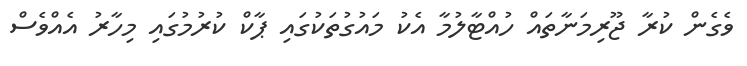
ވެގެން ކުރާ ޖޫރިމަނާތައް ހުއްޓާލުމާ އެކު މައުގުތަކުގައި ޕާކް ކުރުމުގައި މިހާރު އެއްވެސް